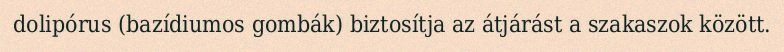
dolipórus (bazídiumos gombák) biztosítja az átjárást a szakaszok között.